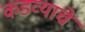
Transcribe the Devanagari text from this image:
कडव्याचे